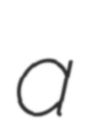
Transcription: a